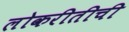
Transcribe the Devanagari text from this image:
लोकरीतीची